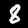
Label: 8